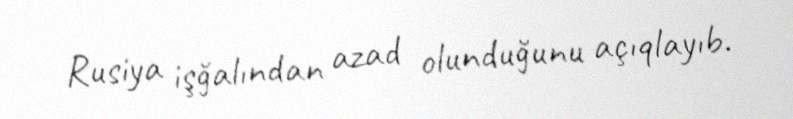
Rusiya işğalından azad olunduğunu açıqlayıb.